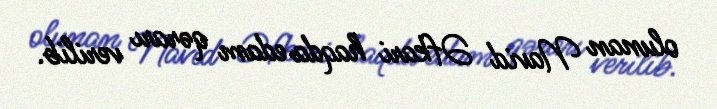
olunan Navid Əfkari haqda edam qərarı verilib.